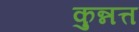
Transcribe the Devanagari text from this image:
कुन्नत्त